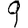
Digit: 9